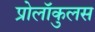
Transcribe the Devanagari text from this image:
प्रोलॉकुलस